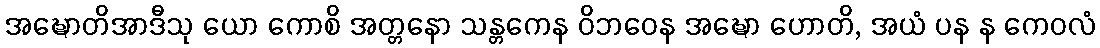
အဍ္ဎောတိအာဒီသု ယော ကောစိ အတ္တနော သန္တကေန ဝိဘဝေန အဍ္ဎော ဟောတိ, အယံ ပန န ကေဝလံ